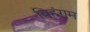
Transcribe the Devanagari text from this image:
विहंगम